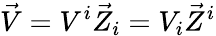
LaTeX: {\vec{V}}=V^{i}{\vec{Z}}_{i}=V_{i}{\vec{Z}}^{i}